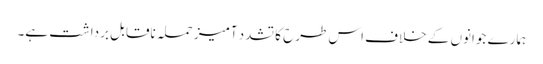
ہمارے جوانوں کے خلاف اس طرح کا تشدد آمیز حملہ ناقابل برداشت ہے۔